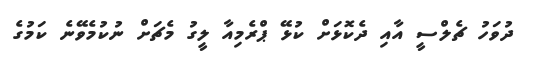
ދުވަހު ޗެލްސީ އާއި ދެކޮޅަށް ކުޅޭ ޕްރެމިއާ ލީގު މެޗަށް ނުކުމެވޭނެ ކަމުގެ